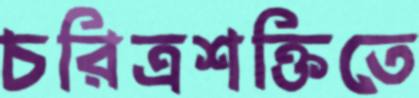
চরিত্রশক্তিতে